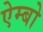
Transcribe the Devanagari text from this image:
ऐम्बो